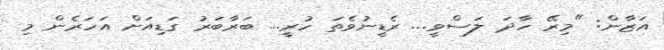
އަޒާން: "މިރޭ ހާދަ ލަސްވީ... ރެޑީނުވެތަ ހުރީ... ބަރާބަރު ގަޑިއަށް އަހަރެން މި